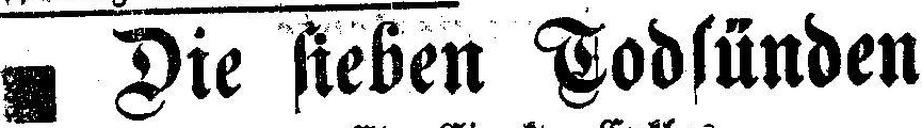
Die sieben Todsünden